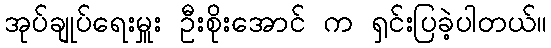
အုပ်ချုပ်ရေးမှူး ဦးစိုးအောင် က ရှင်းပြခဲ့ပါတယ်။